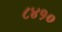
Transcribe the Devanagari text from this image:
८४१०